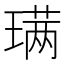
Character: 𫞩